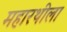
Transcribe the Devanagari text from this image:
महारथीला